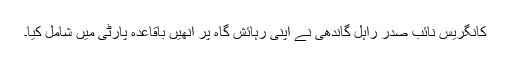
کانگریس نائب صدر راہل گاندھی نے اپنی رہائش گاہ پر انھیں باقاعدہ پارٹی میں شامل کیا۔